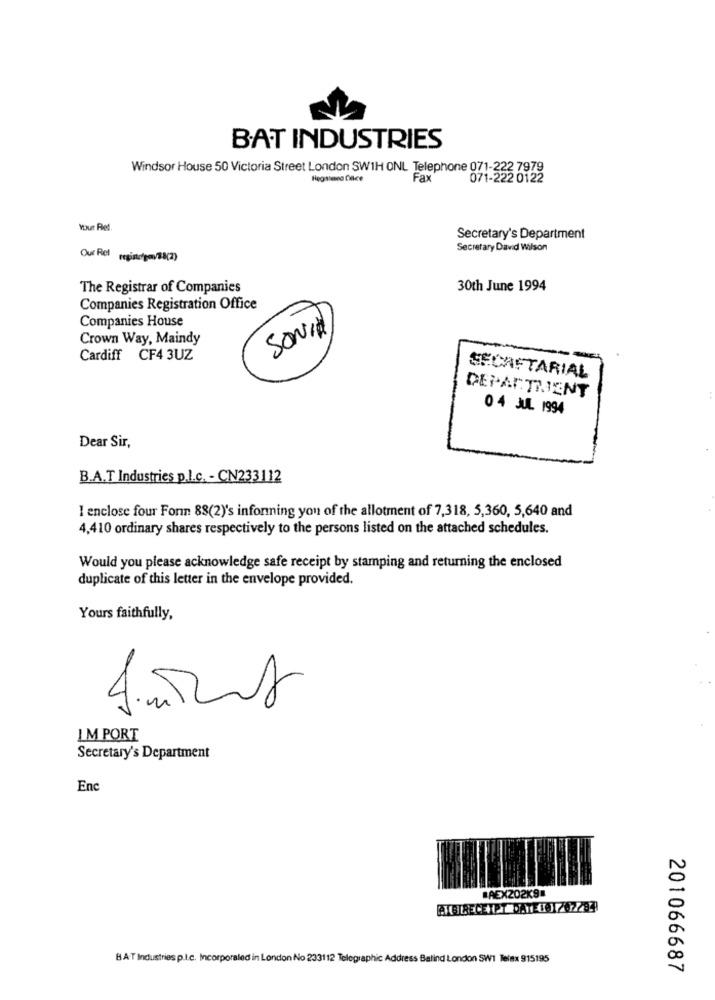
BAT INDUSTRIES
Windsor House 50 Victoria Street London SW1H ONL Telephone 071-222 7979
Hegsteno CHice
Fax
Secretary's Department
Secretary David Wilson
Our Ret regis/go/08(2)
The Registrar of Companies
30th June 1994
Companies Registration Office
Companies House
SONIA
Crown Way, Maindy
Cardiff CF4 3UZ
SECRETARIAL
DEPARTMENT
0 4 JUL 1994
Dear Sir,
B.A.T Industries p.l.c. - CN233112
I enclose four Forn 88(2)'s informing you of the allotment of 7,318, 5,360, 5,640 and
4,410 ordinary shares respectively to the persons listed on the attached schedules.
Would you please acknowledge safe receipt by stamping and returning the enclosed
duplicate of this letter in the envelope provided.
Yours faithfully,
LM PORT
Secretary's Department
Enc
AEX202K9
ATBIRECEIPT DATE:01202283
BAT Industries p.L.c. Incorporaled in London No 233112 Telegraphic Address Balind London SW1 Telex 915195
201066687